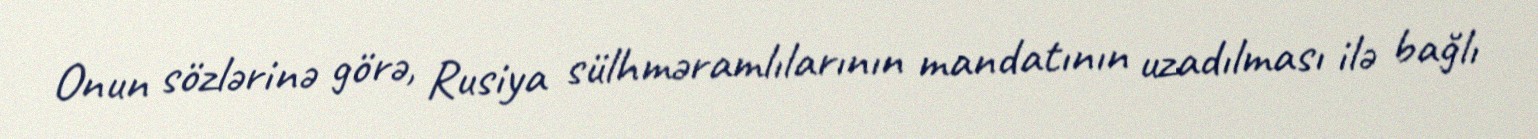
Onun sözlərinə görə, Rusiya sülhməramlılarının mandatının uzadılması ilə bağlı